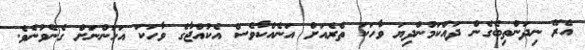
އެރޭ ނިދަންތިބެގެން ދައްކަމުންދިޔަ ވާހަކަ ތެރެއަށް އަނެއްކާވެސް އެކުއްޖާގެ ވާހަކަ އަހަންނަށް ގެނެވުނެވެ.